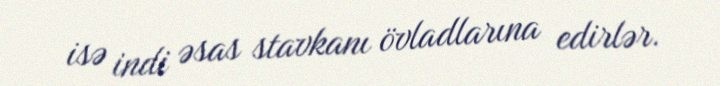
isə indi əsas stavkanı övladlarına edirlər.